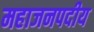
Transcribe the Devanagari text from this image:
महाजनपदीय